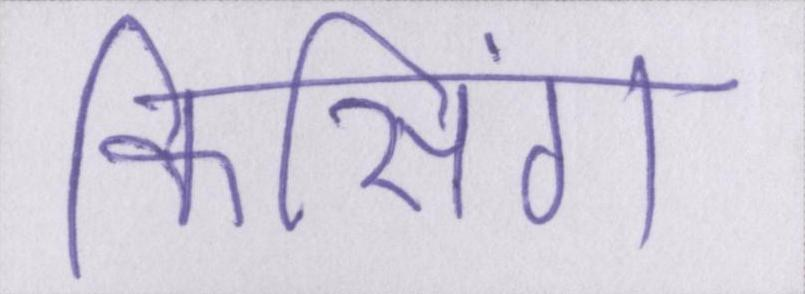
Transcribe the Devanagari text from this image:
किसिंग